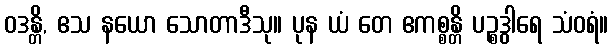
ဝဒန္တိ, ဧသ နယော သောတာဒီသု။ ပုန ယံ တေ ဧကစ္စန္တိ ပဉ္စဒွါရေ သံဝရံ။